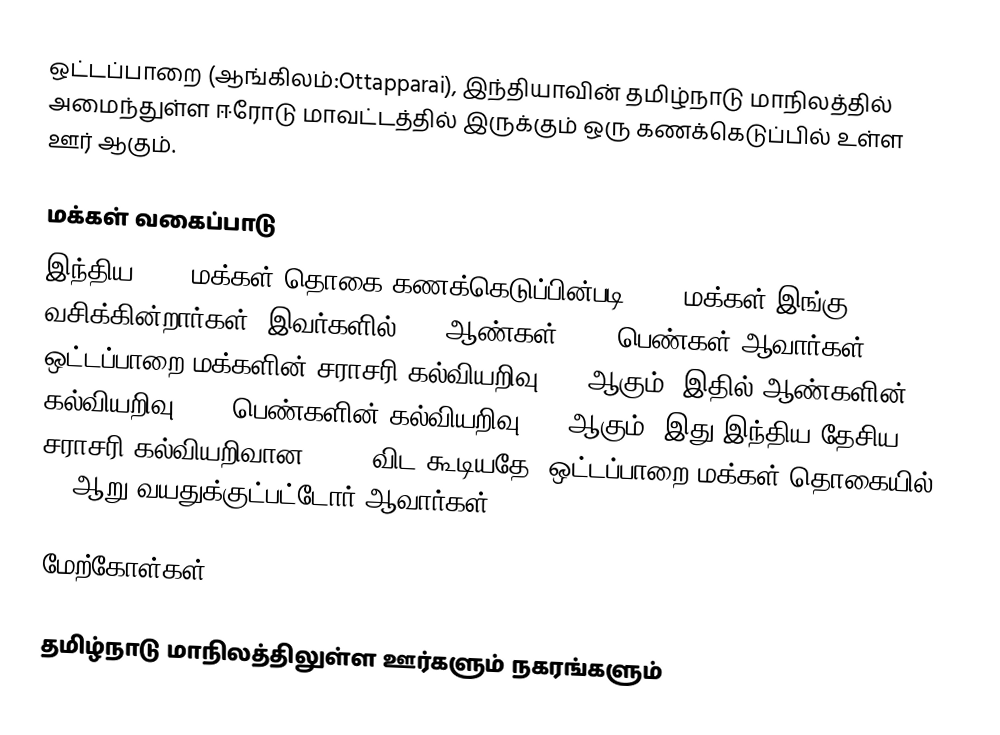
ஒட்டப்பாறை (ஆங்கிலம்:Ottapparai), இந்தியாவின் தமிழ்நாடு மாநிலத்தில் அமைந்துள்ள ஈரோடு மாவட்டத்தில் இருக்கும் ஒரு கணக்கெடுப்பில் உள்ள ஊர்  ஆகும்.

மக்கள் வகைப்பாடு
இந்திய 2001 மக்கள் தொகை கணக்கெடுப்பின்படி 9216 மக்கள் இங்கு வசிக்கின்றார்கள். இவர்களில் 50% ஆண்கள், 50% பெண்கள் ஆவார்கள். ஒட்டப்பாறை மக்களின் சராசரி கல்வியறிவு 61% ஆகும்,  இதில் ஆண்களின் கல்வியறிவு 71%,  பெண்களின் கல்வியறிவு 50% ஆகும். இது இந்திய தேசிய சராசரி கல்வியறிவான 59.5% விட கூடியதே. ஒட்டப்பாறை மக்கள் தொகையில் 9%  ஆறு வயதுக்குட்பட்டோர் ஆவார்கள்.

மேற்கோள்கள்

தமிழ்நாடு மாநிலத்திலுள்ள ஊர்களும் நகரங்களும்